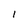
Character: l